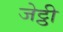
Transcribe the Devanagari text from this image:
जेट्ठी